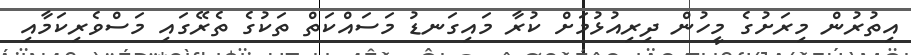
އިތުރުން މިރަށުގެ މީހުން ދިރިއުޅުމަށް ކުރާ މައިގަނޑު މަސައްކަތް ތަކުގެ ތެރޭގައި މަސްވެރިކަމާއި